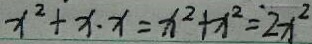
x ^ { 2 } + x \cdot x = x ^ { 2 } + x ^ { 2 } = 2 x ^ { 2 }